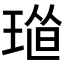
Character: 𤦴